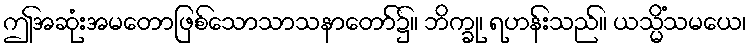
ဤအဆုံးအမတောဖြစ်သောသာသနာတော်၌။ ဘိက္ခု၊ ရဟန်းသည်။ ယသ္မိံသမယေ၊